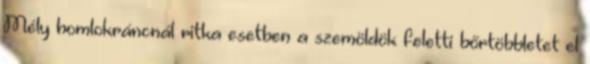
Mély homlokráncnál ritka esetben a szemöldök feletti bőrtöbbletet el